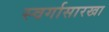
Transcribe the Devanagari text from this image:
स्वर्गासारखा